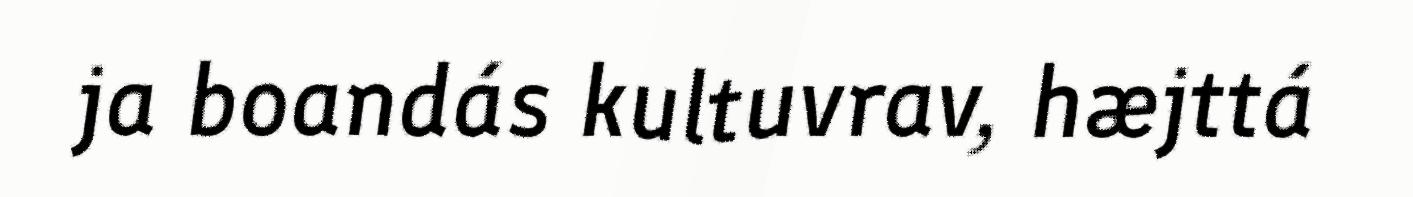
ja boandás kultuvrav, hæjttá